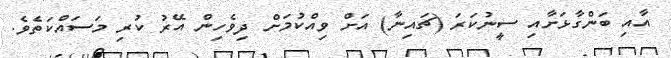
އާއި ބަންގާޅަށާއި ސީނުކަރަ (ޗައިނާ) އަށް ވިއްކުމަށް ދިވެހިން އޭރު ކުރި މަސައްކަތެވެ.